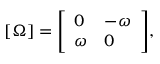
[ \Omega ] = { \left[ \begin{array} { l l } { 0 } & { - \omega } \\ { \omega } & { 0 } \end{array} \right] } ,